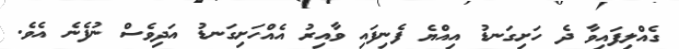
ގެއްލިފައިވާ ދެ ހަށިގަނޑު އިއްޔެ ފެނިފައި ވާއިރު އެއްހަށިގަނޑު އަދިވެސް ނުފެނެ އެވެ.